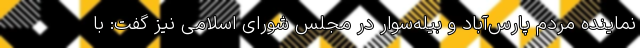
نماینده مردم پارس‌آباد و بیله‌سوار در مجلس شورای اسلامی نیز گفت: با